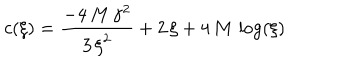
LaTeX: c ( \xi ) = { \frac { - 4 \, M \, { { \gamma } ^ { 2 } } } { 3 \, { { \xi } ^ { 2 } } } } + 2 \, \xi + 4 \, M \, \log ( \xi )